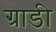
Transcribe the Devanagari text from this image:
ग्राडी